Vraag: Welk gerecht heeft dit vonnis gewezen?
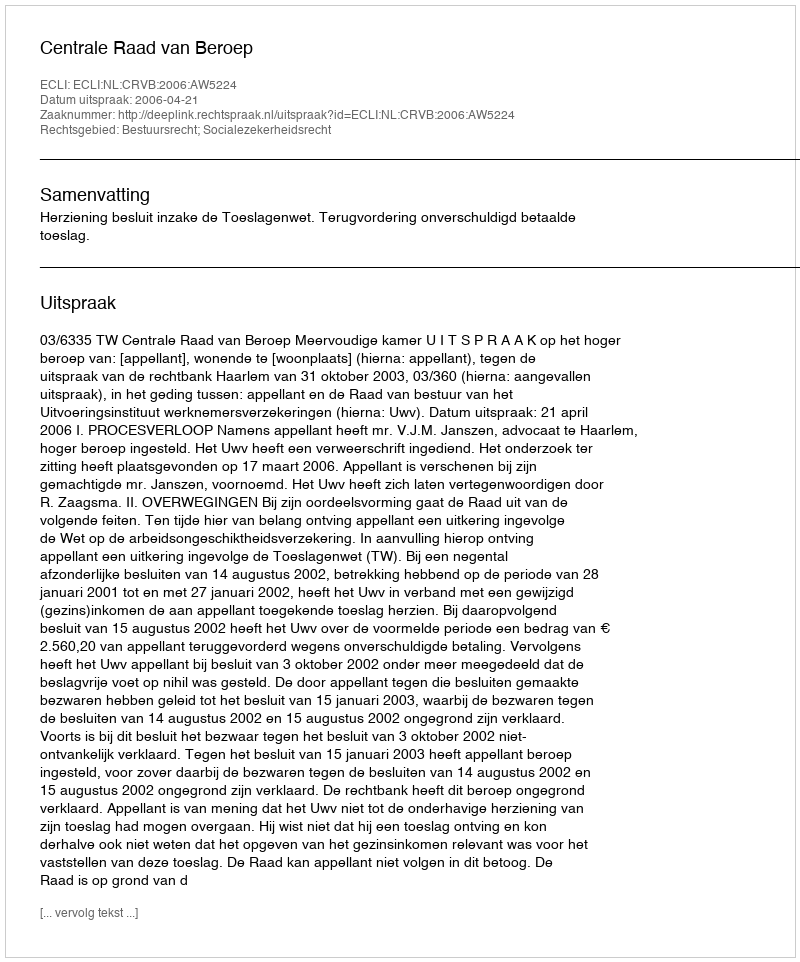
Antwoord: Centrale Raad van Beroep